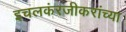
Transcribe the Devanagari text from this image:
इचलकंरजीकरांच्या